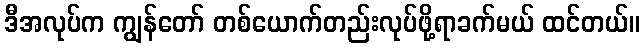
ဒီအလုပ်က ကျွန်တော် တစ်ယောက်တည်းလုပ်ဖို့ရာခက်မယ် ထင်တယ်။